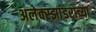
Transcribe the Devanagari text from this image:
अलेक्स्झांडराच्या